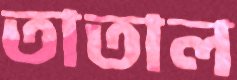
তাতাল